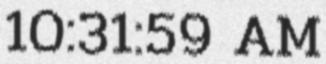
10:31:59 AM